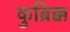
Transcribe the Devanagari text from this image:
कुब्रिक्क